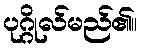
ပုဂ္ဂိုလ်မည်၏။